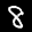
Label: 8